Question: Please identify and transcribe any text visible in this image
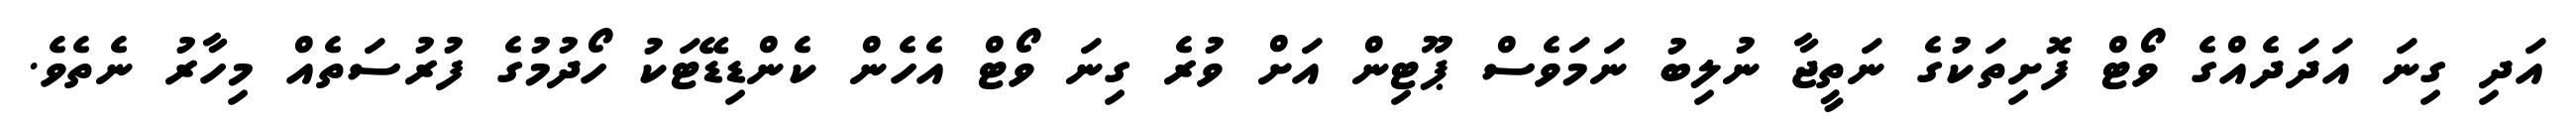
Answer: އަދި ގިނަ އަދަދެއްގެ ވޯޓް ފޮށިތަކުގެ ނަތީޖާ ނުލިބު ނަމަވެސް ޕޫޓިން އަށް ވުރެ ގިނަ ވޯޓް އެހެން ކެންޑިޑޭޓަކު ހޯދުމުގެ ފުރުސަތެއް މިހާރު ނެތެވެ.